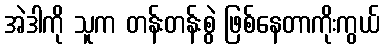
အဲဒါကို သူက တန်းတန်းစွဲ ဖြစ်နေတာကိုးကွယ်